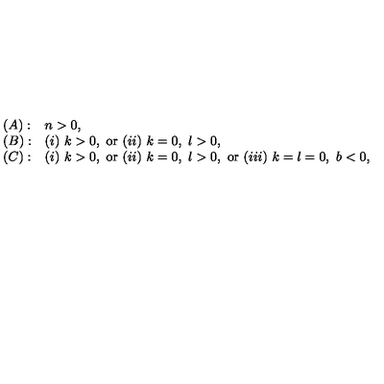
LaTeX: \begin{array} { l l } { ( A ) : } & { n > 0 , } \\ { ( B ) : } & { ( i ) \ k > 0 , \ \mathrm { o r } \ ( i i ) \ k = 0 , \ l > 0 , } \\ { ( C ) : } & { ( i ) \ k > 0 , \ \mathrm { o r } \ ( i i ) \ k = 0 , \ l > 0 , \ \mathrm { o r } \ ( i i i ) \ k = l = 0 , \ b < 0 , } \\ \end{array}